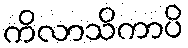
ကိလာသိကာပိ